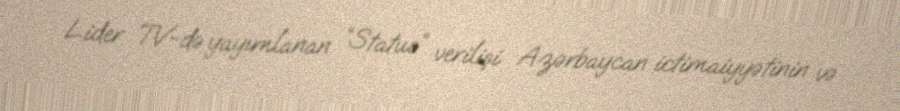
Lider TV-də yayımlanan “Status” verilişi Azərbaycan ictimaiyyətinin və